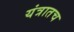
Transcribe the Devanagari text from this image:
यंत्रातच